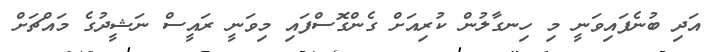
އަދި ބުނެފައިވަނީ މި ހިނގާލުން ކުރިއަށް ގެންގޮސްފައި މިވަނީ ރައީސް ނަޝީދުގެ މައްޗަށް